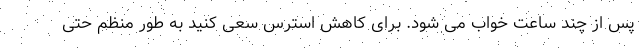
پس از چند ساعت خواب می شود. برای کاهش استرس سعی کنید به طور منظم حتی